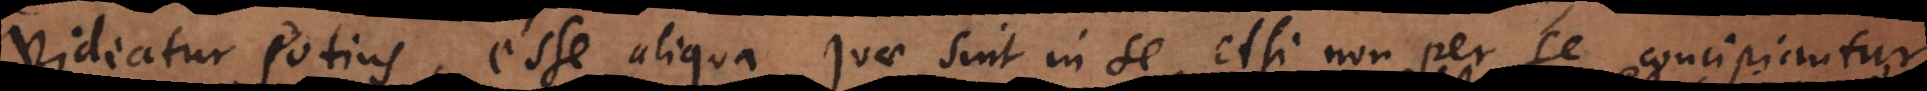
videatur potius, esse aliqua quae sint in se, etsi non per se concipiantur.